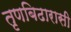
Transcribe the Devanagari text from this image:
तृणबिढारासी